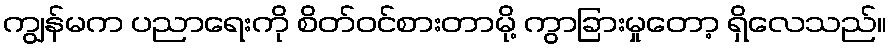
ကျွန်မက ပညာရေးကို စိတ်ဝင်စားတာမို့ ကွာခြားမှုတော့ ရှိလေသည်။